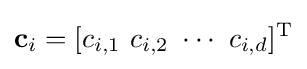
\mathbf {c} _{i}=[c_{i,1}\ c_{i,2}\ \cdots \ c_{i,d}]^{\textrm {T}}